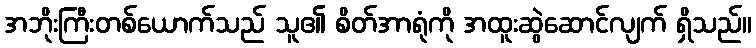
အဘိုးကြီးတစ်ယောက်သည် သူ၏ စိတ်အာရုံကို အထူးဆွဲဆောင်လျက် ရှိသည်။